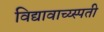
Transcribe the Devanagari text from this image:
विद्यावाच्य्स्पती